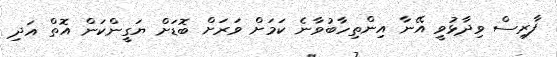
ފާރިސް ވިދާޅުވީ އޭނާ އިންތިހާބުވާނެ ކަމަށް ވަރަށް ބޮޑަށް ޔަގީންކަން އޮތް އަދި